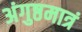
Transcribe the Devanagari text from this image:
अंगुष्ठमात्रं